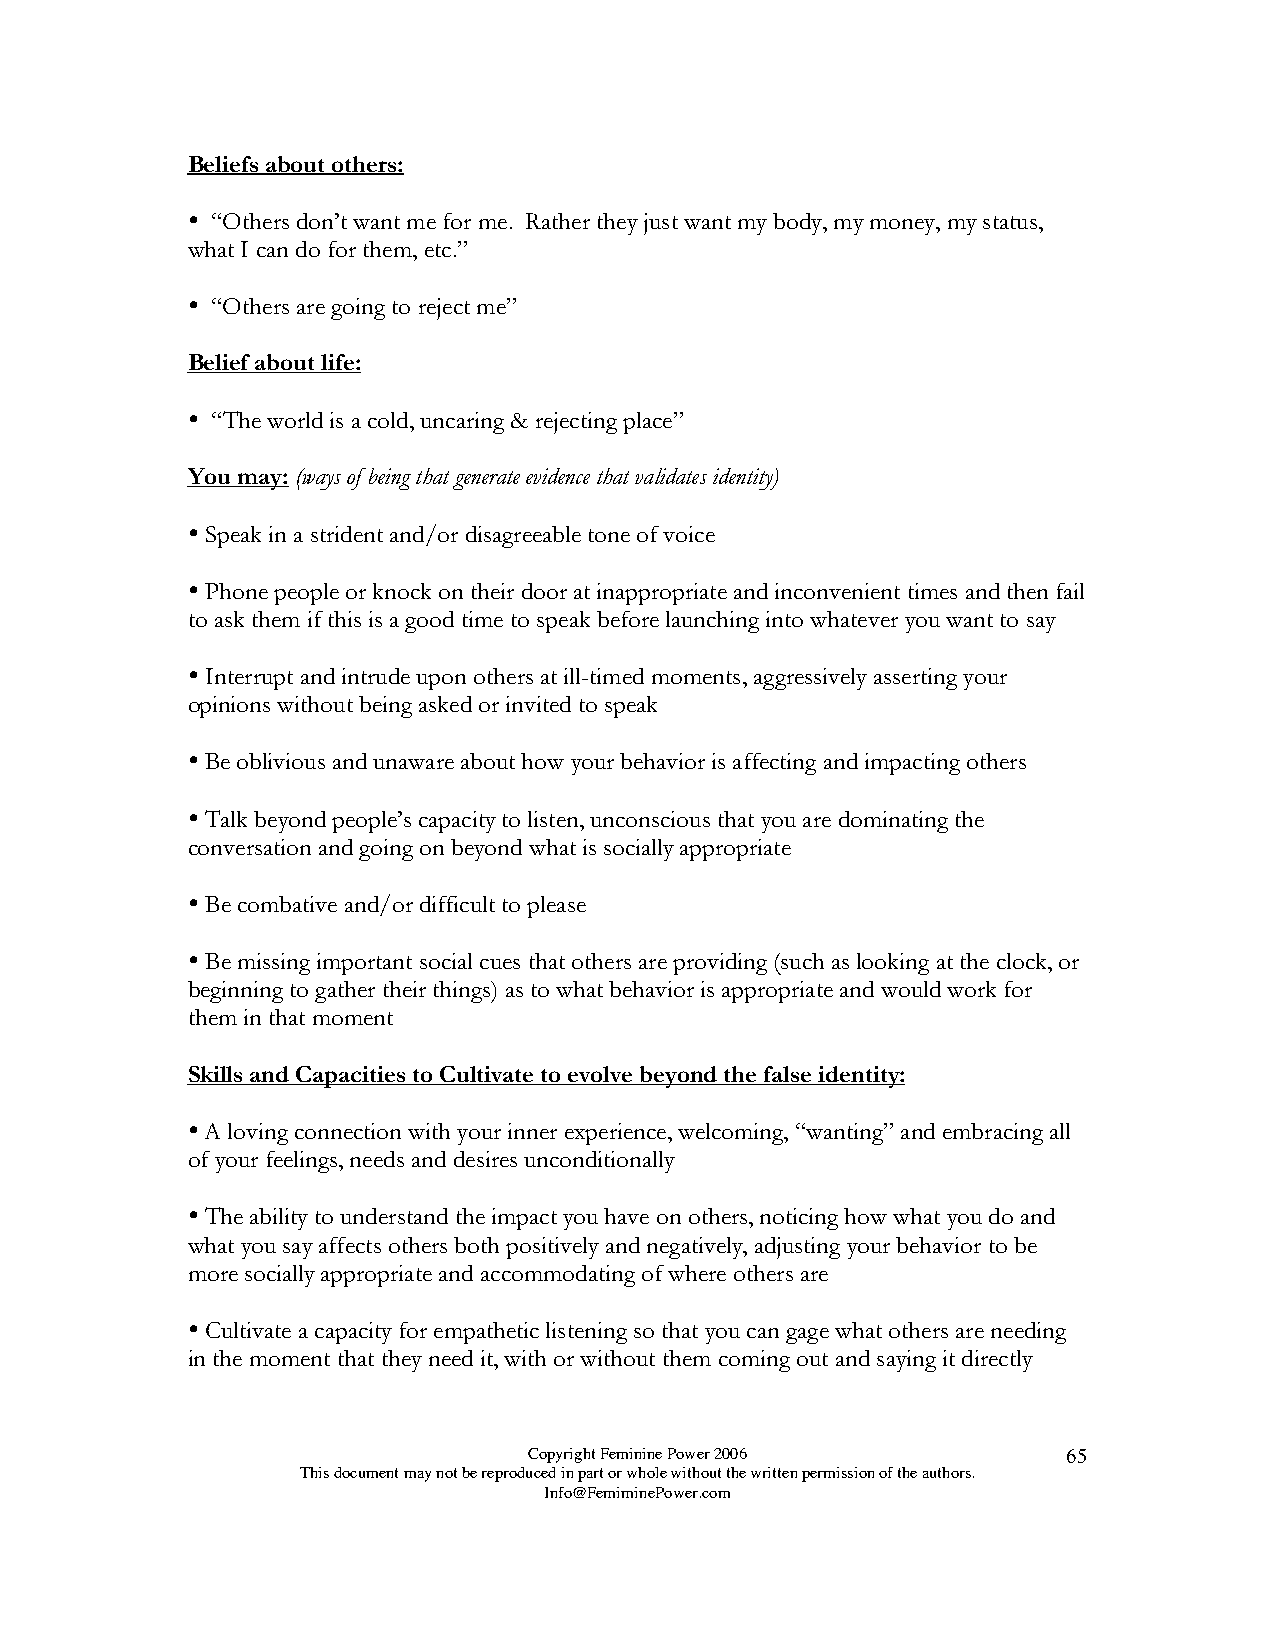
Beliefs about others:
 
 “Others don’t want me for me. Rather they just want my body, my money, my status,
 what I can do for them, etc.”
 
 “Others are going to reject me”
 Belief about life:
 
 “The world is a cold, uncaring & rejecting place”
 You may: (ways of being that generate evidence that validates identity)
 
 Speak in a strident and/or disagreeable tone of voice
 
 Phone people or knock on their door at inappropriate and inconvenient times and then fail
 to ask them if this is a good time to speak before launching into whatever you want to say
 
 Interrupt and intrude upon others at ill-timed moments, aggressively asserting your
 opinions without being asked or invited to speak
 
 Be oblivious and unaware about how your behavior is affecting and impacting others
 
 Talk beyond people’s capacity to listen, unconscious that you are dominating the
 conversation and going on beyond what is socially appropriate
 
 Be combative and/or difficult to please
 
 Be missing important social cues that others are providing (such as looking at the clock, or
 beginning to gather their things) as to what behavior is appropriate and would work for
 them in that moment
 Skills and Capacities to Cultivate to evolve beyond the false identity:
 
 A loving connection with your inner experience, welcoming, “wanting” and embracing all
 of your feelings, needs and desires unconditionally
 
 The ability to understand the impact you have on others, noticing how what you do and
 what you say affects others both positively and negatively, adjusting your behavior to be
 more socially appropriate and accommodating of where others are
 
 Cultivate a capacity for empathetic listening so that you can gage what others are needing
 in the moment that they need it, with or without them coming out and saying it directly
 Copyright Feminine Power 2006       65
 This document may not be reproduced in part or whole without the written permission of the authors.
 Info@FemiminePower.com